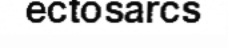
ectosarcs